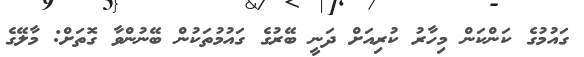
ގައުމުގެ ކަންކަން މިހާރު ކުރިއަށް ދަނީ ބޭރުގެ ގައުމުތަކުން ބޭނުންވާ ގޮތަށް: މާލޭގެ